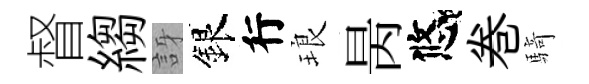
督縐訝銀行琅昺悠巻騎